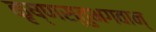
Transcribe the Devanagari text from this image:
कृष्णस्तुभगवान्